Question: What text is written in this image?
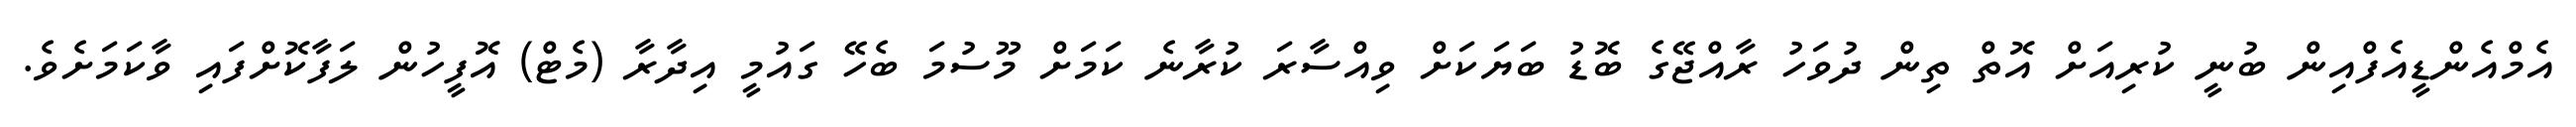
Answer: އެމްއެންޑީއެފްއިން ބުނީ ކުރިއަށް އޮތް ތިން ދުވަހު ރާއްޖޭގެ ބޮޑު ބަޔަކަށް ވިއްސާރަ ކުރާނެ ކަމަށް މޫސުމަ ބެހޭ ގައުމީ އިދާރާ (މެޓް) އޮފީހުން ލަފާކޮށްފައި ވާކަމަށެވެ.